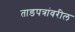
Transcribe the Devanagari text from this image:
ताडपत्रांवरील